Leningradi_Edasi_toimetus, lk 73
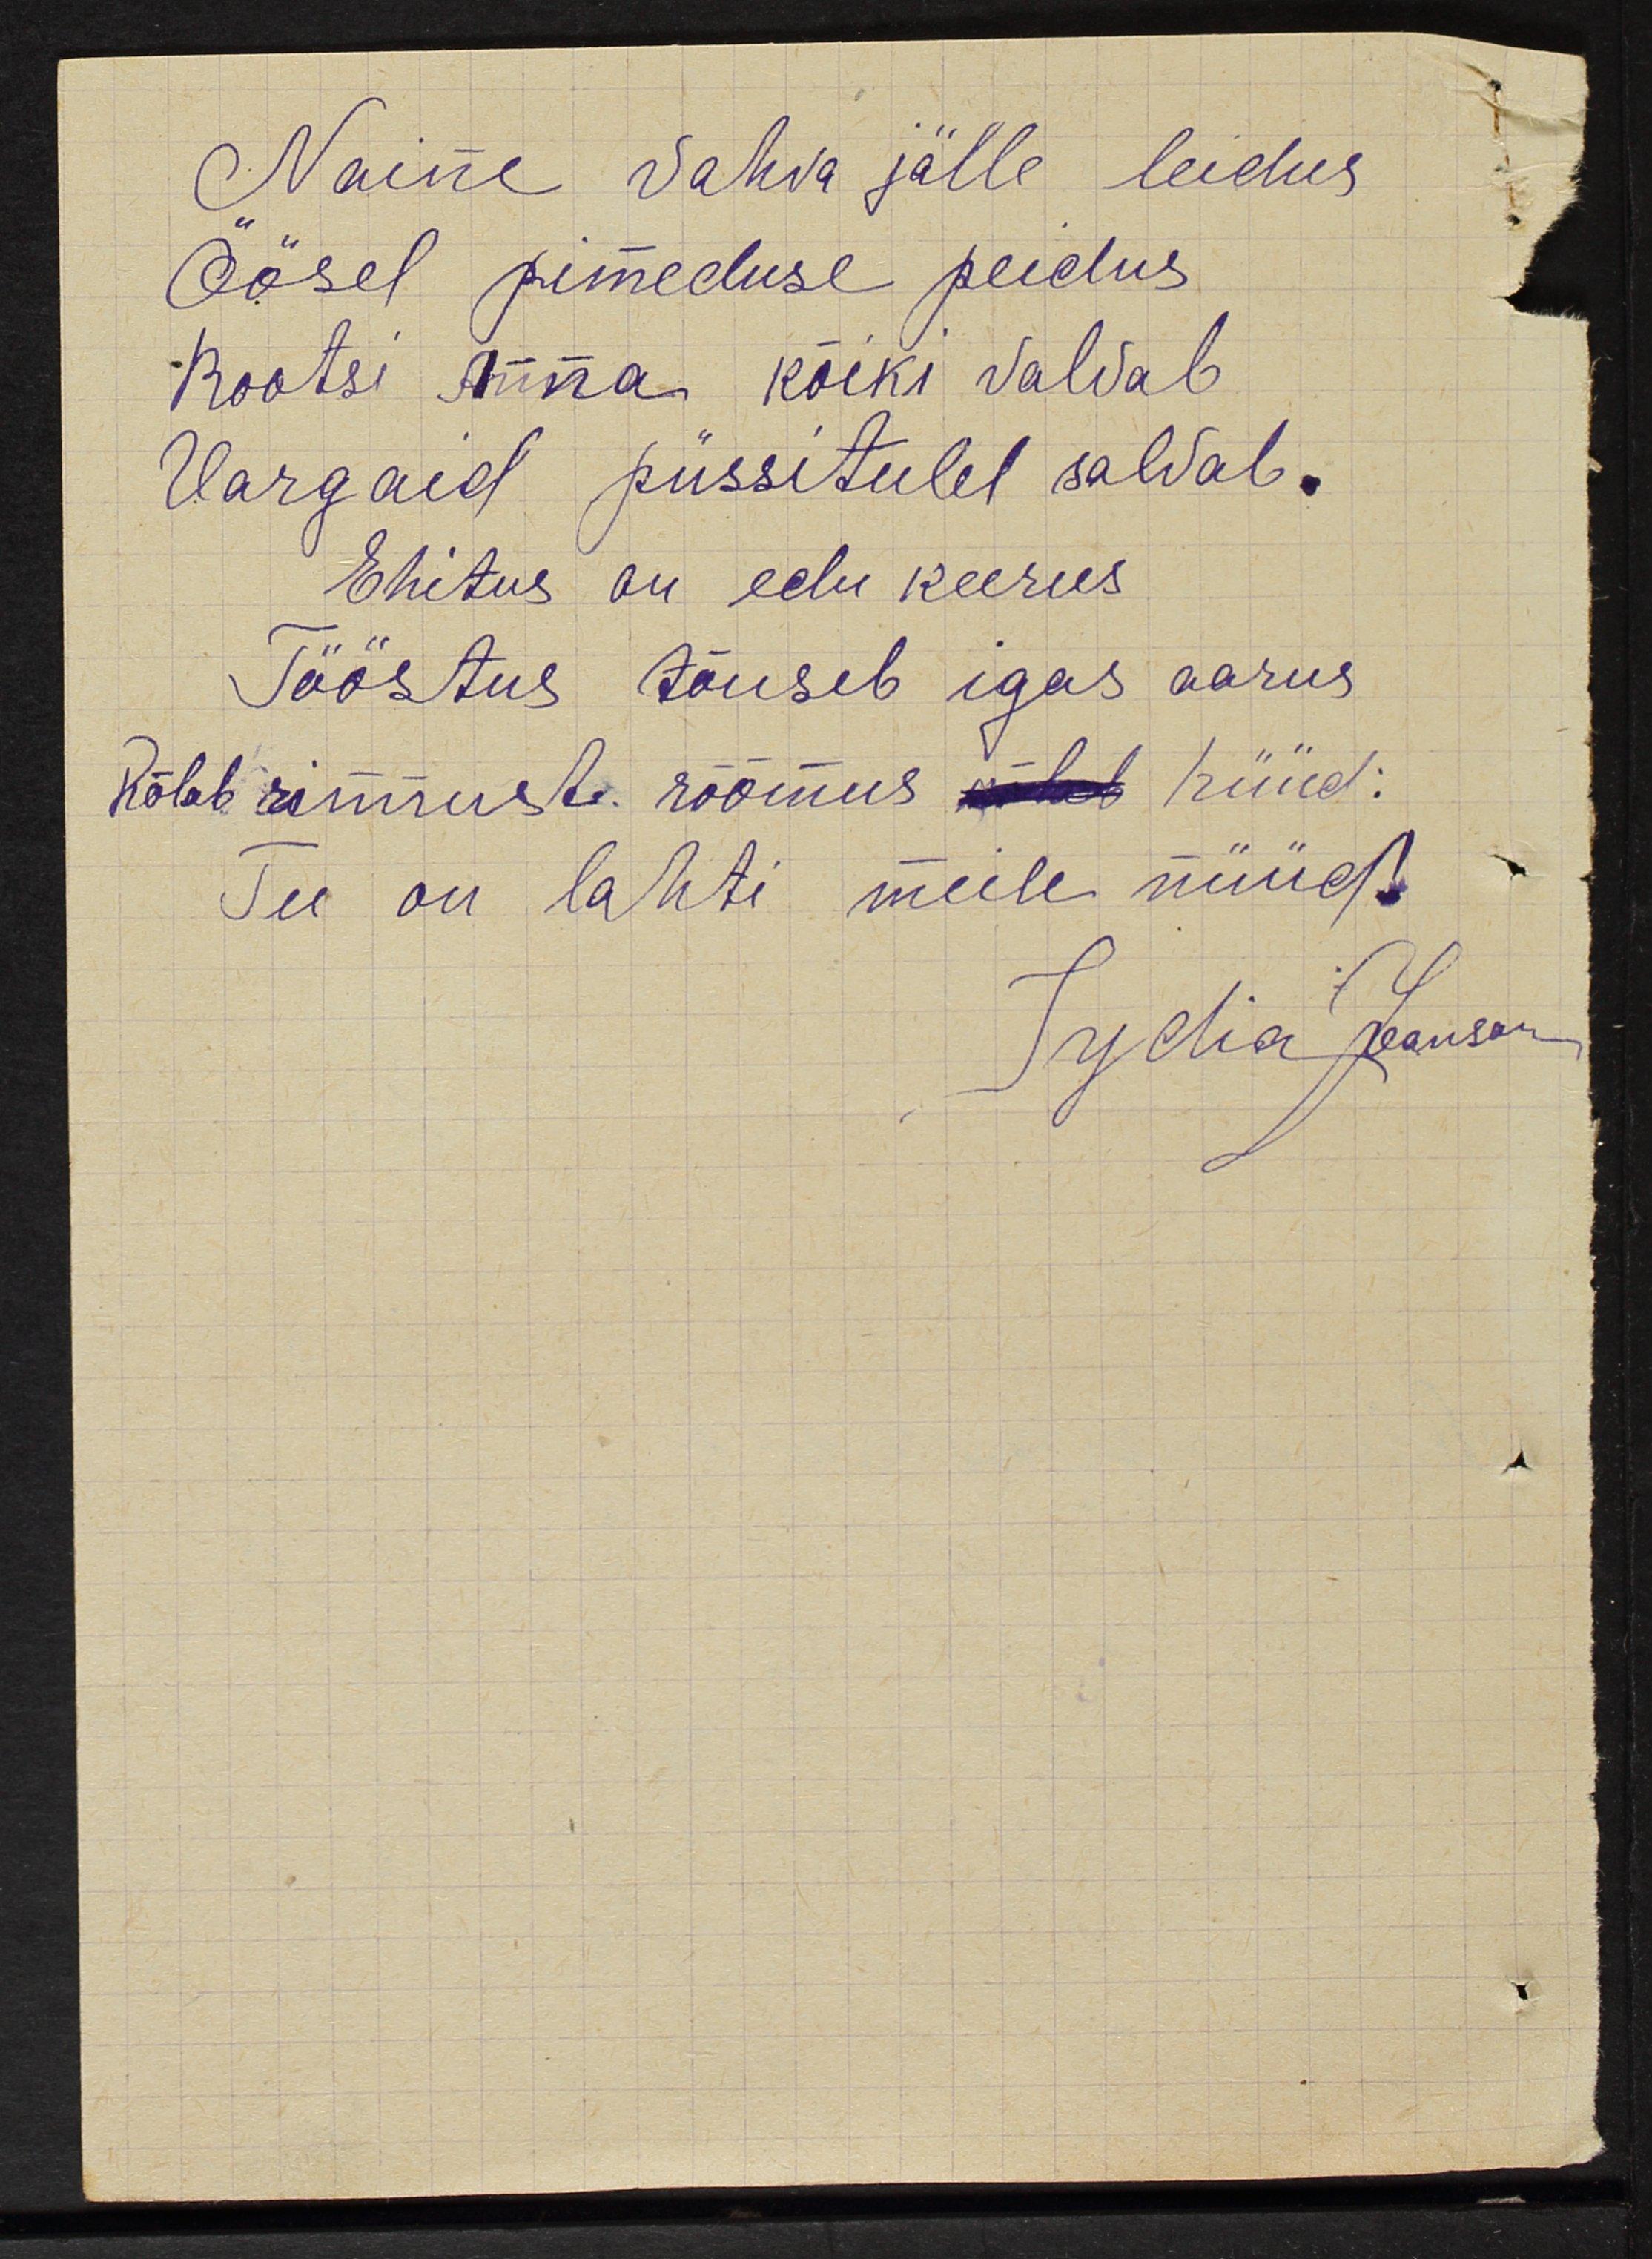
Naine vahva jälle leidus
öösel pimeduse peidus
Rootsi Anna kõiki valvab
Vargaid püssitulel salvab
Ehitus au edu keerus
Tööstus tõuseb igas aarus
Kõlab  rinnus rõõmus hüüd
Tee on la hti meile nüüd
Lydia Jaanson